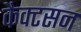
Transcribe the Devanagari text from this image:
कैक्टसन